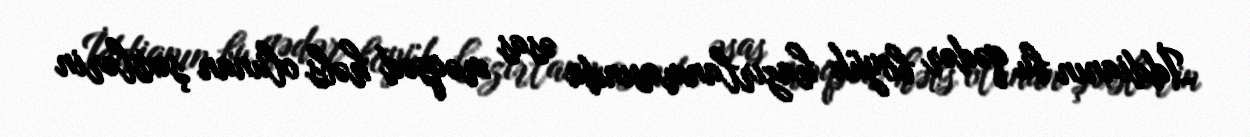
İddianın bu qədər böyük hazırlanmasında əsas məqsəd həbs olunan şəxslərin